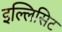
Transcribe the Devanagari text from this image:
इल्लिसिट